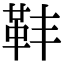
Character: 𩉧